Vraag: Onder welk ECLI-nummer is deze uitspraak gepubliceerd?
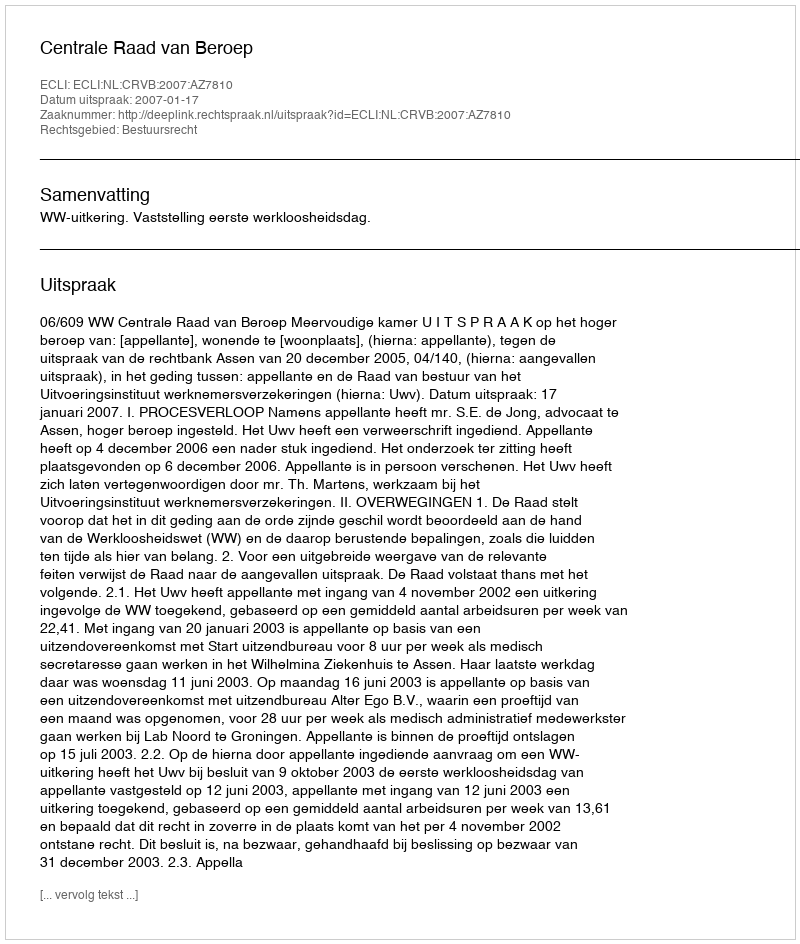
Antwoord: ECLI:NL:CRVB:2007:AZ7810